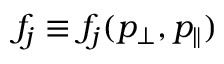
f _ { j } \equiv f _ { j } ( p _ { \perp } , p _ { \parallel } )